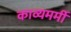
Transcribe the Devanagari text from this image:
काव्यमर्मी